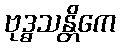
ဗုဒ္ဓသန္တိကေ